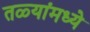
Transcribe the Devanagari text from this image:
तळ्यांमध्ये